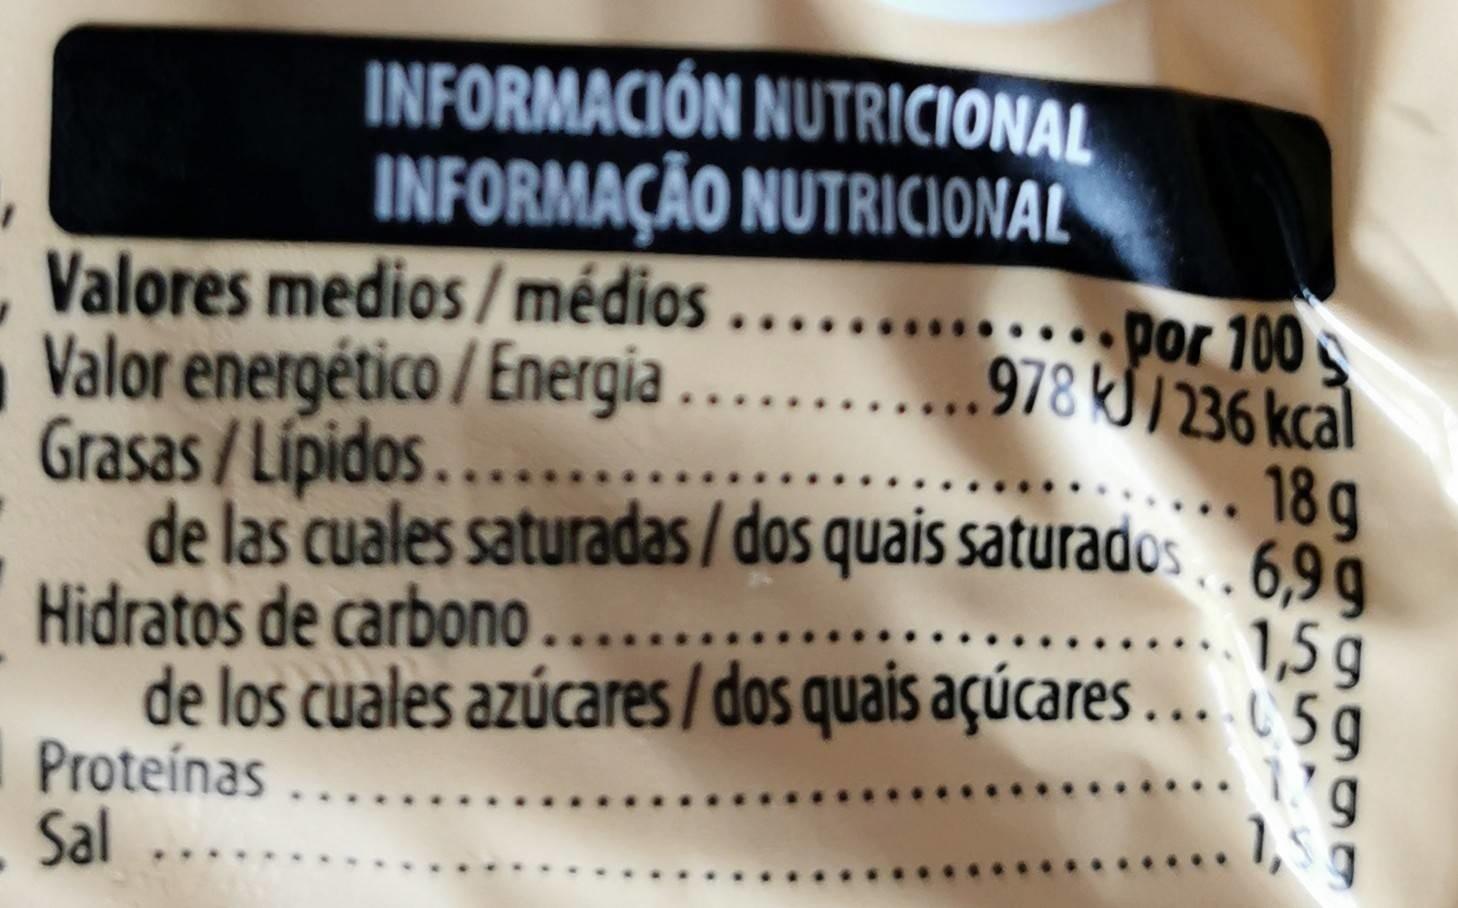
INFORMACIÓN NUTRICIONAL INFORMAÇÃO NUTRICIONAL Valores medios /médios ... Valor energético / Energia . Grasas/Lipidos.... de las cuales saturadas / dos quais saturados . 6,99
.por 100 ..978 kJ/ 236 kcal ..... 18 g
1,5 g
Hidratos de carbono.... de los cuales azúcares/dos quais açúcares ...59 Proteínas .... Sal ....
1, I